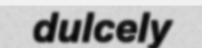
dulcely